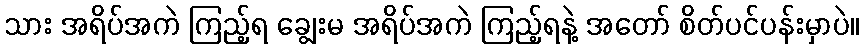
သား အရိပ်အကဲ ကြည့်ရ ချွေးမ အရိပ်အကဲ ကြည့်ရနဲ့ အတော် စိတ်ပင်ပန်းမှာပဲ။